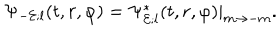
\Psi _ { - { \cal E } ; l } ( t , r , \varphi ) = \Psi _ { { \cal E } ; l } ^ { * } ( t , r , \varphi ) | _ { m \rightarrow - m } .